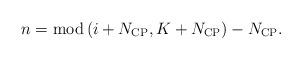
LaTeX: \begin{align*} n = {\rm mod} \left( {i + {N_{{\rm{CP}}}},K + {N_{{\rm{CP}}}}} \right) - {N_{{\rm{CP}}}}. \end{align*}